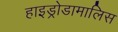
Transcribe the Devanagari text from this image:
हाइड्रोडामालिस